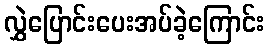
လွှဲပြောင်းပေးအပ်ခဲ့ကြောင်း